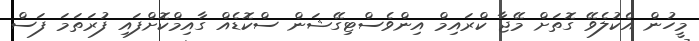
މީހުން އެކުލެވޭ ގޮތަށް މޭޖާ ކްރައިމް އިންވެސްޓިގޭޝަން ސްކޮޑެއް ގާއިމްކޮށްފައި ފުރަތަމަ ފަސް